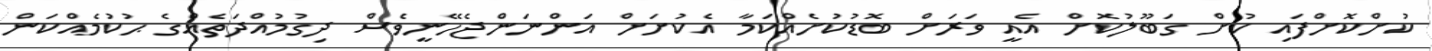
ކުށްކޮށްފައި ކުށް ގަބޫލުކޮށް އެއީ ވަރަށް ބޮޑުކުށެއްކަމާ އެކުށަށް އަންނަންޖެހޭނީވެސް ދިގުމުއްދަތެއްގެ ޙުކުމެއްކަން